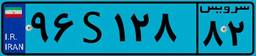
۹۶S۱۲۸۸۲